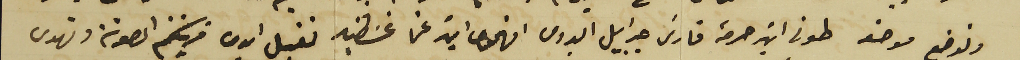
ونوضع موضعه طونى ابن حرمة فارسَ جبرايل البدوى افهمي ابنة  عمنا غسَطين تقبل ايدى قرينتكم المصونة وتهدى